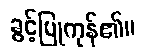
ခွင့်ပြုကုန်၏။